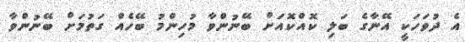
އެ ދުވަހަކީ އޭނާގެ ބަލި ކޮއްކޮއަށް ބޭނުންވާ މުހިންމު ބޭހެއް ގަތުމަށް ބޭނުންވާ